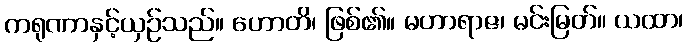
ကရုဏာနှင့်ယှဉ်သည်။ ဟောတိ၊ ဖြစ်၏။ မဟာရာဇ၊ မင်းမြတ်။ ယထာ၊